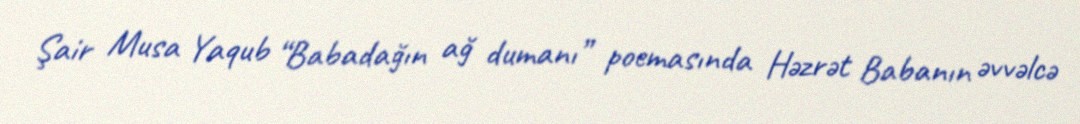
Şair Musa Yaqub “Babadağın ağ dumanı” poemasında Həzrət Babanın əvvəlcə